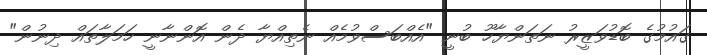
ގައުމުގެ ބޮޑުވަޒީރު ނަތަންޔާހޫ ބުނީ "އެއްބަސްވުމެއް ނެތިއްޔާ ދެން އޮންނާނީ ހަމަލާތައް ދިނުން"